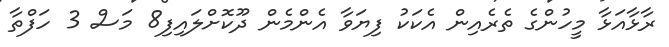
ރާޅާއަޅާ މީހުންގެ ތެރެއިން އެކަކު ފިޔަވާ އެންމެން ދޫކޮށްލައިފި8 މަސް 3 ހަފްތާ